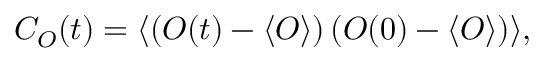
C _ { O } ( t ) = \langle \left( O ( t ) - \langle O \rangle \right) \left( O ( 0 ) - \langle O \rangle \right) \rangle ,